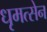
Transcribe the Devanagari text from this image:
धृमत्सेन